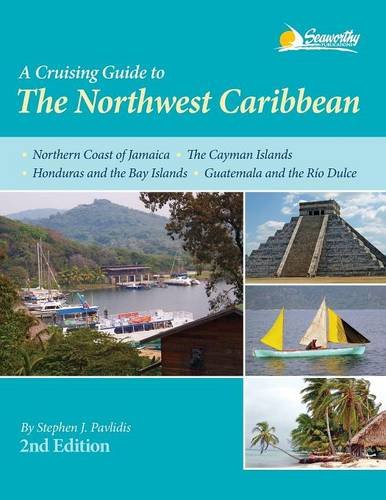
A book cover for A Cruising Guide to The Northwest Caribbean, 2nd ed.; Stephen J. Pavlidis; Travel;